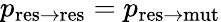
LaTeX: p_{\mathrm{res\to res}}=p_{\mathrm{res\to mut}}